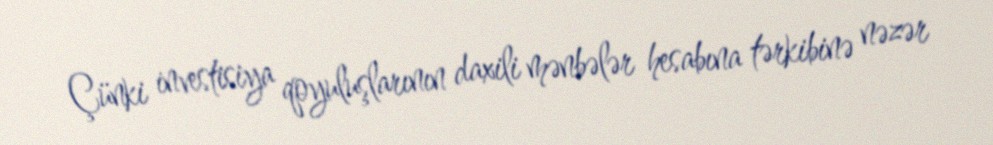
Çünki investisiya qoyuluşlarının daxili mənbələr hesabına tərkibinə nəzər